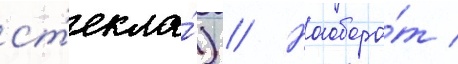
ст'екла́) // Наоборо́т /